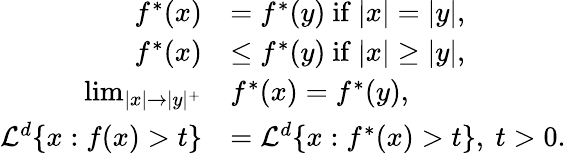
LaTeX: \begin{array}{rl}{f^{\ast}(x)}&{=f^{\ast}(y)\mathrm{~if~}|x|=|y|,}\\ {f^{\ast}(x)}&{\le f^{\ast}(y)\mathrm{~if~}|x|\ge|y|,}\\ {\operatorname*{lim}_{|x|\rightarrow|y|^{+}}}&{f^{\ast}(x)=f^{\ast}(y),}\\ {\mathcal{L}^{d}\{ x:f(x)>t\} }&{=\mathcal{L}^{d}\{ x:f^{\ast}(x)>t\} ,\mathrm{~}t>0.}\end{array}